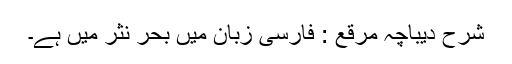
شرح دیباچہ مرقع : فارسی زبان میں بحر نثر میں ہے۔